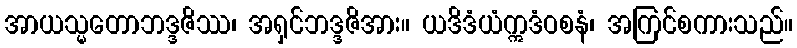
အာယသ္မတောဘဒ္ဒဇိဿ၊ အရှင်ဘဒ္ဒဇိအား။ ယဒိဒံယံဣဒံဝစနံ၊ အကြင်စကားသည်။